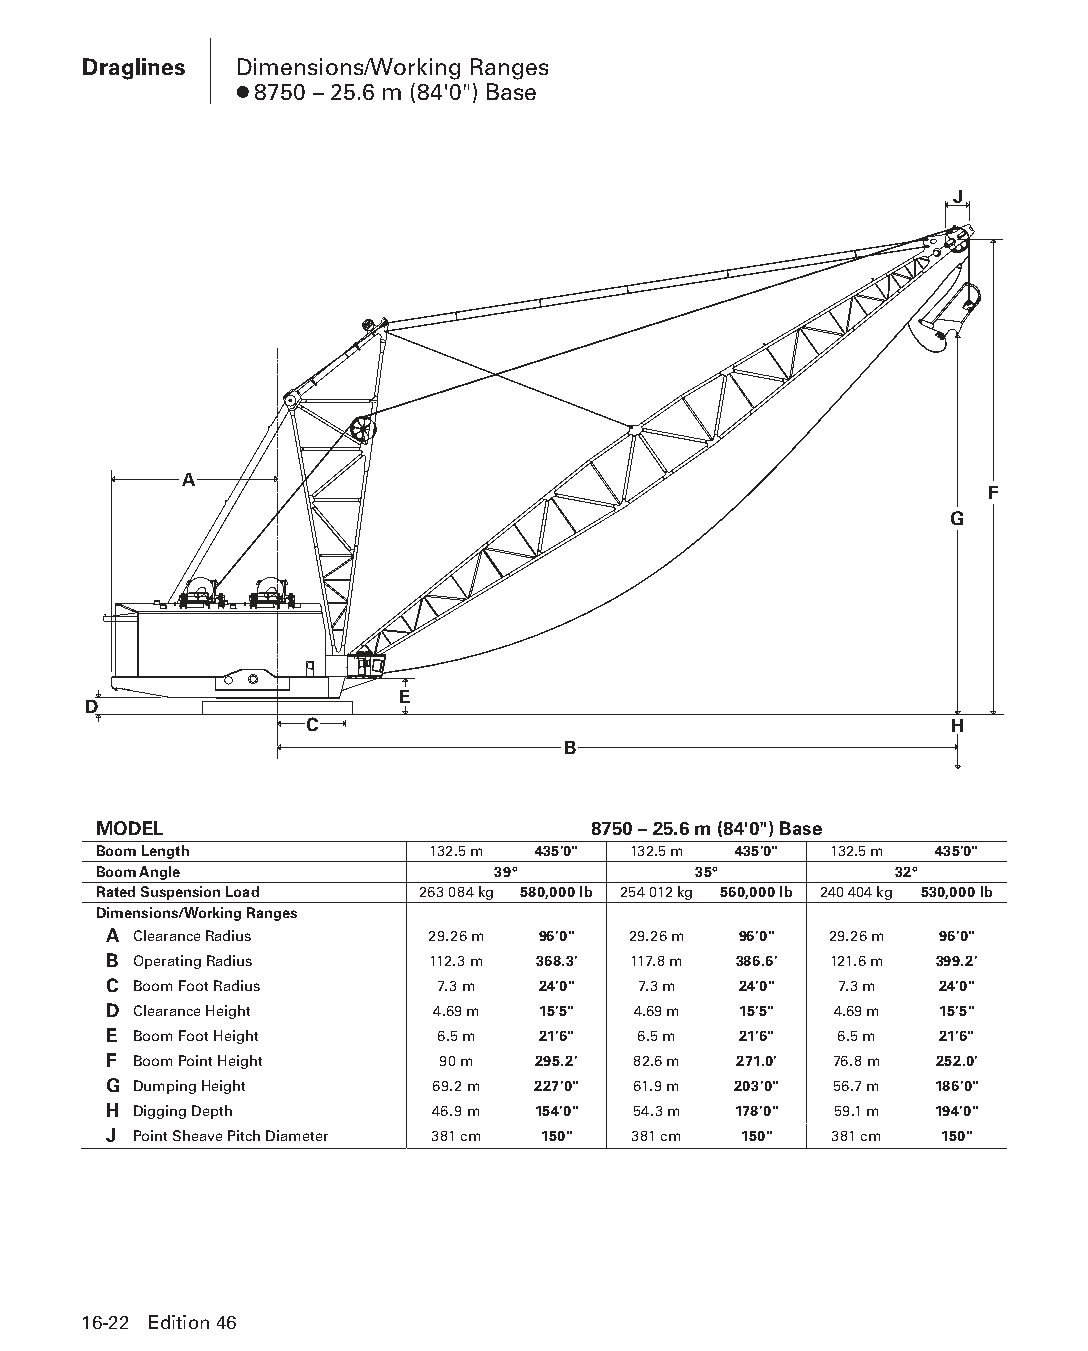
Draglines Dimensions/Working Ranges
 ● 8750 – 25.6 m (84'0") Base
 J
 A
 F
 G
 E
 D
 C                                         H
 B
 MODEL                           8750 – 25.6 m (84'0") Base
 Boom Length           132.5 m 435'0" 132.5 m 435'0" 132.5 m 435'0"
 Boom Angle                39°          35°           32°
 Rated Suspension Load 263 084 kg 580,000 lb 254 012 kg 560,000 lb 240 404 kg 530,000 lb
 Dimensions/Working Ranges
 A Clearance Radius    29.26 m 96'0" 29.26 m 96'0" 29.26 m 96'0"
 B Operating Radius    112.3 m 368.3' 117.8 m 386.6' 121.6 m 399.2'
 C Boom Foot Radius    7.3 m  24'0"  7.3 m 24'0"  7.3 m  24'0"
 D Clearance Height    4.69 m 15'5" 4.69 m 15'5"  4.69 m 15'5"
 E Boom Foot Height    6.5 m  21'6"  6.5 m 21'6"  6.5 m  21'6"
 F Boom Point Height   90 m   295.2' 82.6 m 271.0' 76.8 m 252.0'
 G Dumping Height      69.2 m 227'0" 61.9 m 203'0" 56.7 m 186'0"
 H Digging Depth       46.9 m 154'0" 54.3 m 178'0" 59.1 m 194'0"
 J Point Sheave Pitch Diameter 381 cm 150" 381 cm 150" 381 cm 150"
 16-22 Edition 46
 PPHHBB--SSeecc1166--DDrraagglliinneess((ppgg000011--002244))..iinndddd 2222 1122//44//1155 1100::5522 AAMM